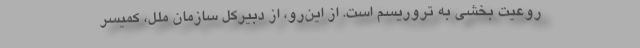
روعیت‌ بخشی به تروریسم است. از این‌رو، از دبیرکل سازمان ملل، کمیسر